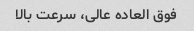
فوق العاده عالی، سرعت بالا